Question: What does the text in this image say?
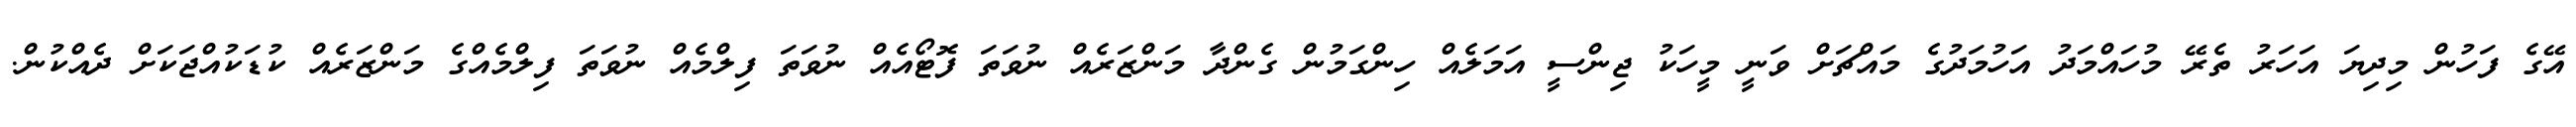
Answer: އޭގެ ފަހުން މިދިޔަ އަހަރު ތެރޭ މުހައްމަދު އަހުމަދުގެ މައްޗަށް ވަނީ މީހަކު ޖިންސީ އަމަލެއް ހިންގަމުން ގެންދާ މަންޒަރެއް ނުވަތަ ފޮޓޯއެއް ނުވަތަ ފިލްމެއް ނުވަތަ ފިލްމެއްގެ މަންޒަރެއް ކުޑަކުއްޖަކަށް ދެއްކުން.